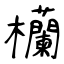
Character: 欗